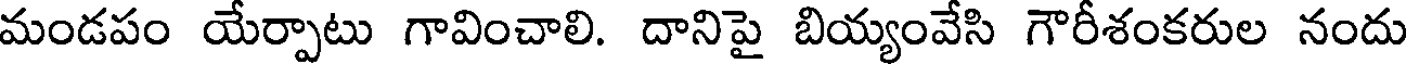
మండపం యేర్పాటు గావించాలి. దానిపై బియ్యంవేసి గౌరీశంకరుల నందు